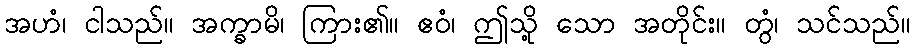
အဟံ၊ ငါသည်။ အက္ခာမိ၊ ကြား၏။ ဧဝံ၊ ဤသို့ သော အတိုင်း။ တွံ၊ သင်သည်။